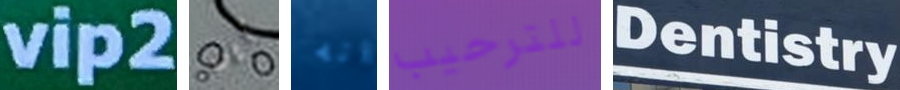
vip2 أين انه للترحيب Dentistry